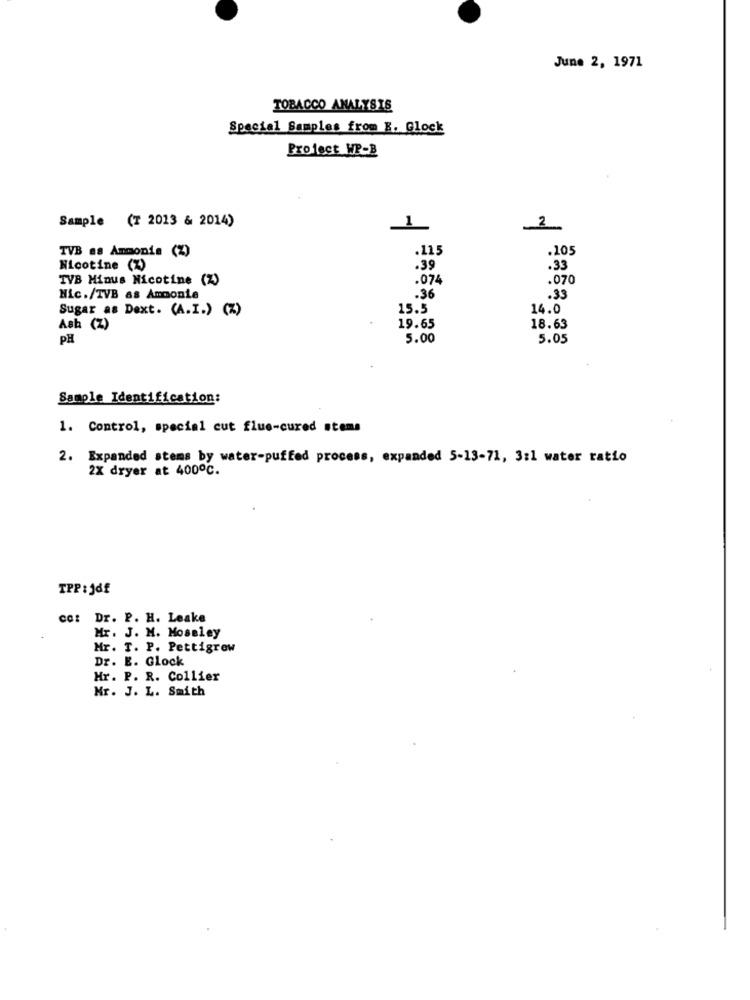
June 2, 1971
TOBACCO ANALYSIS
Special Samples from E. Glock
Project WP-B
Sample (T 2013 & 2014)
1
2
TVB as Ammonia (%)
.115
.105
Nicotine (%)
.39
.33
TVB Minus Nicotine (Z)
.074
.070
Hic./TVB as Ammonie
.36
.33
Sugar as Dext. (A.I.) (%)
15.5
14.0
Ash (Z)
19.65
18.63
PH
5.00
5.05
Sample Identification:
1. Control, special cut flue-cured stems
2. Expanded stems by water-puffed process, expanded 5-13-71, 3:1 water ratio
2X dryer at 400℃.
TPP:jdf
cc: Dr. P. H. Leake
Mr. J. M. Moseley
Mr. T. P. Pettigrew
Dr. E. Glock
Hr. P. R. Collier
Mr. J. L. Smith